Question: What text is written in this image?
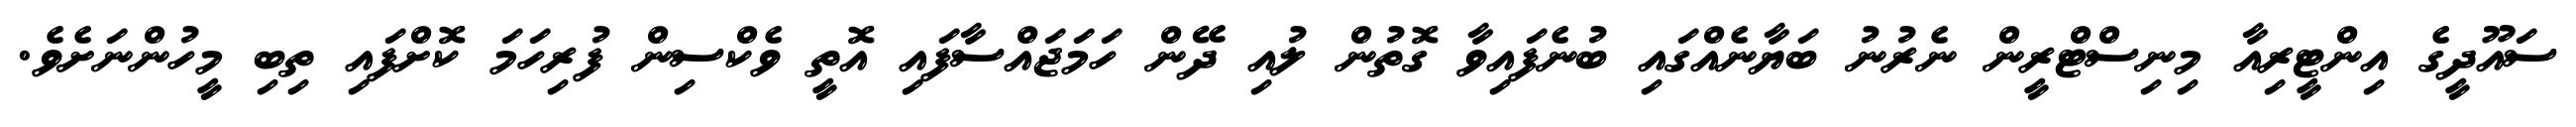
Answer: ސައޫދީގެ އިންޓީރިއާ މިނިސްޓްރީން ނެރުނު ބަޔާނެއްގައި ބުނެފައިވާ ގޮތުން ލުއި ދޭން ހަމަޖައްސާފައި އޮތީ ވެކްސިން ފުރިހަމަ ކޮށްފައި ތިބި މީހުންނަށެވެ.